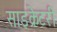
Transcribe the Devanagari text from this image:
साइक्रेटरी